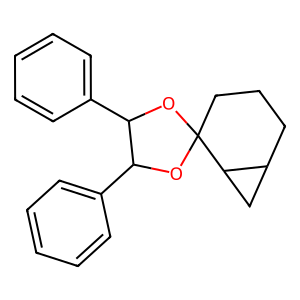
SMILES: c1ccc(C2OC3(CCCC4CC43)OC2c2ccccc2)cc1
Inhibits HIV replication: No